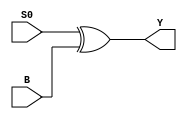
module y_logic(S0, B, Y);

	input S0, B;
	output Y;
	
	assign Y = S0 ^ B;

endmodule